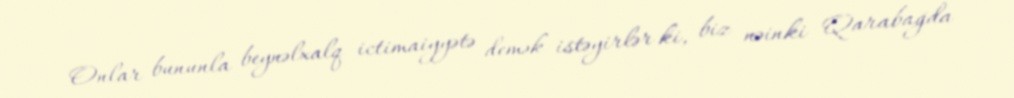
Onlar bununla beynəlxalq ictimaiyyətə demək istəyirlər ki, biz nəinki Qarabağda